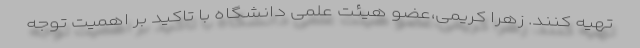
تهیه کنند. زهرا کریمی،عضو هیئت علمی دانشگاه با تاکید بر اهمیت توجه